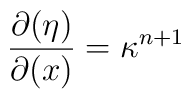
\frac{\partial (\eta)}{\partial (x)} = \kappa^{n+1}